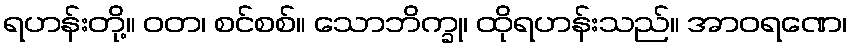
ရဟန်းတို့။ ဝတ၊ စင်စစ်။ သောဘိက္ခု၊ ထိုရဟန်းသည်။ အာဝရဏေ၊